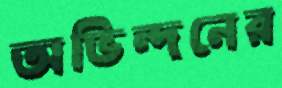
অভিন্দনের